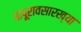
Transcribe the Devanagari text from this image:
बापूरावसारख्या